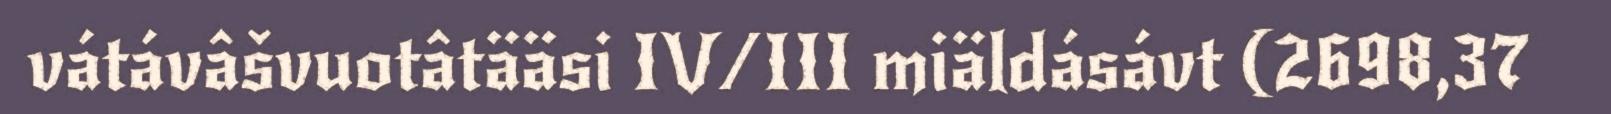
vátávâšvuotâtääsi IV/III miäldásávt (2698,37